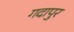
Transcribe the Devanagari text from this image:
गदापुर